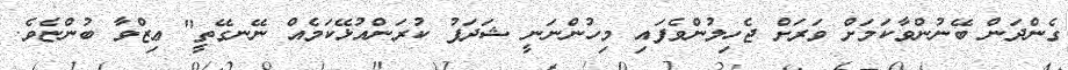
ގެންދަން ބޭނުންވާކަމަށް ވަރަށް ޖެހިލުންވެފައި މިހުންނަނީ ޝަދަފު ކުރަންއުޅޭކަމެއް ނޭނގޭތީ" ޢިޒްވާ ބުންޏެވެ.